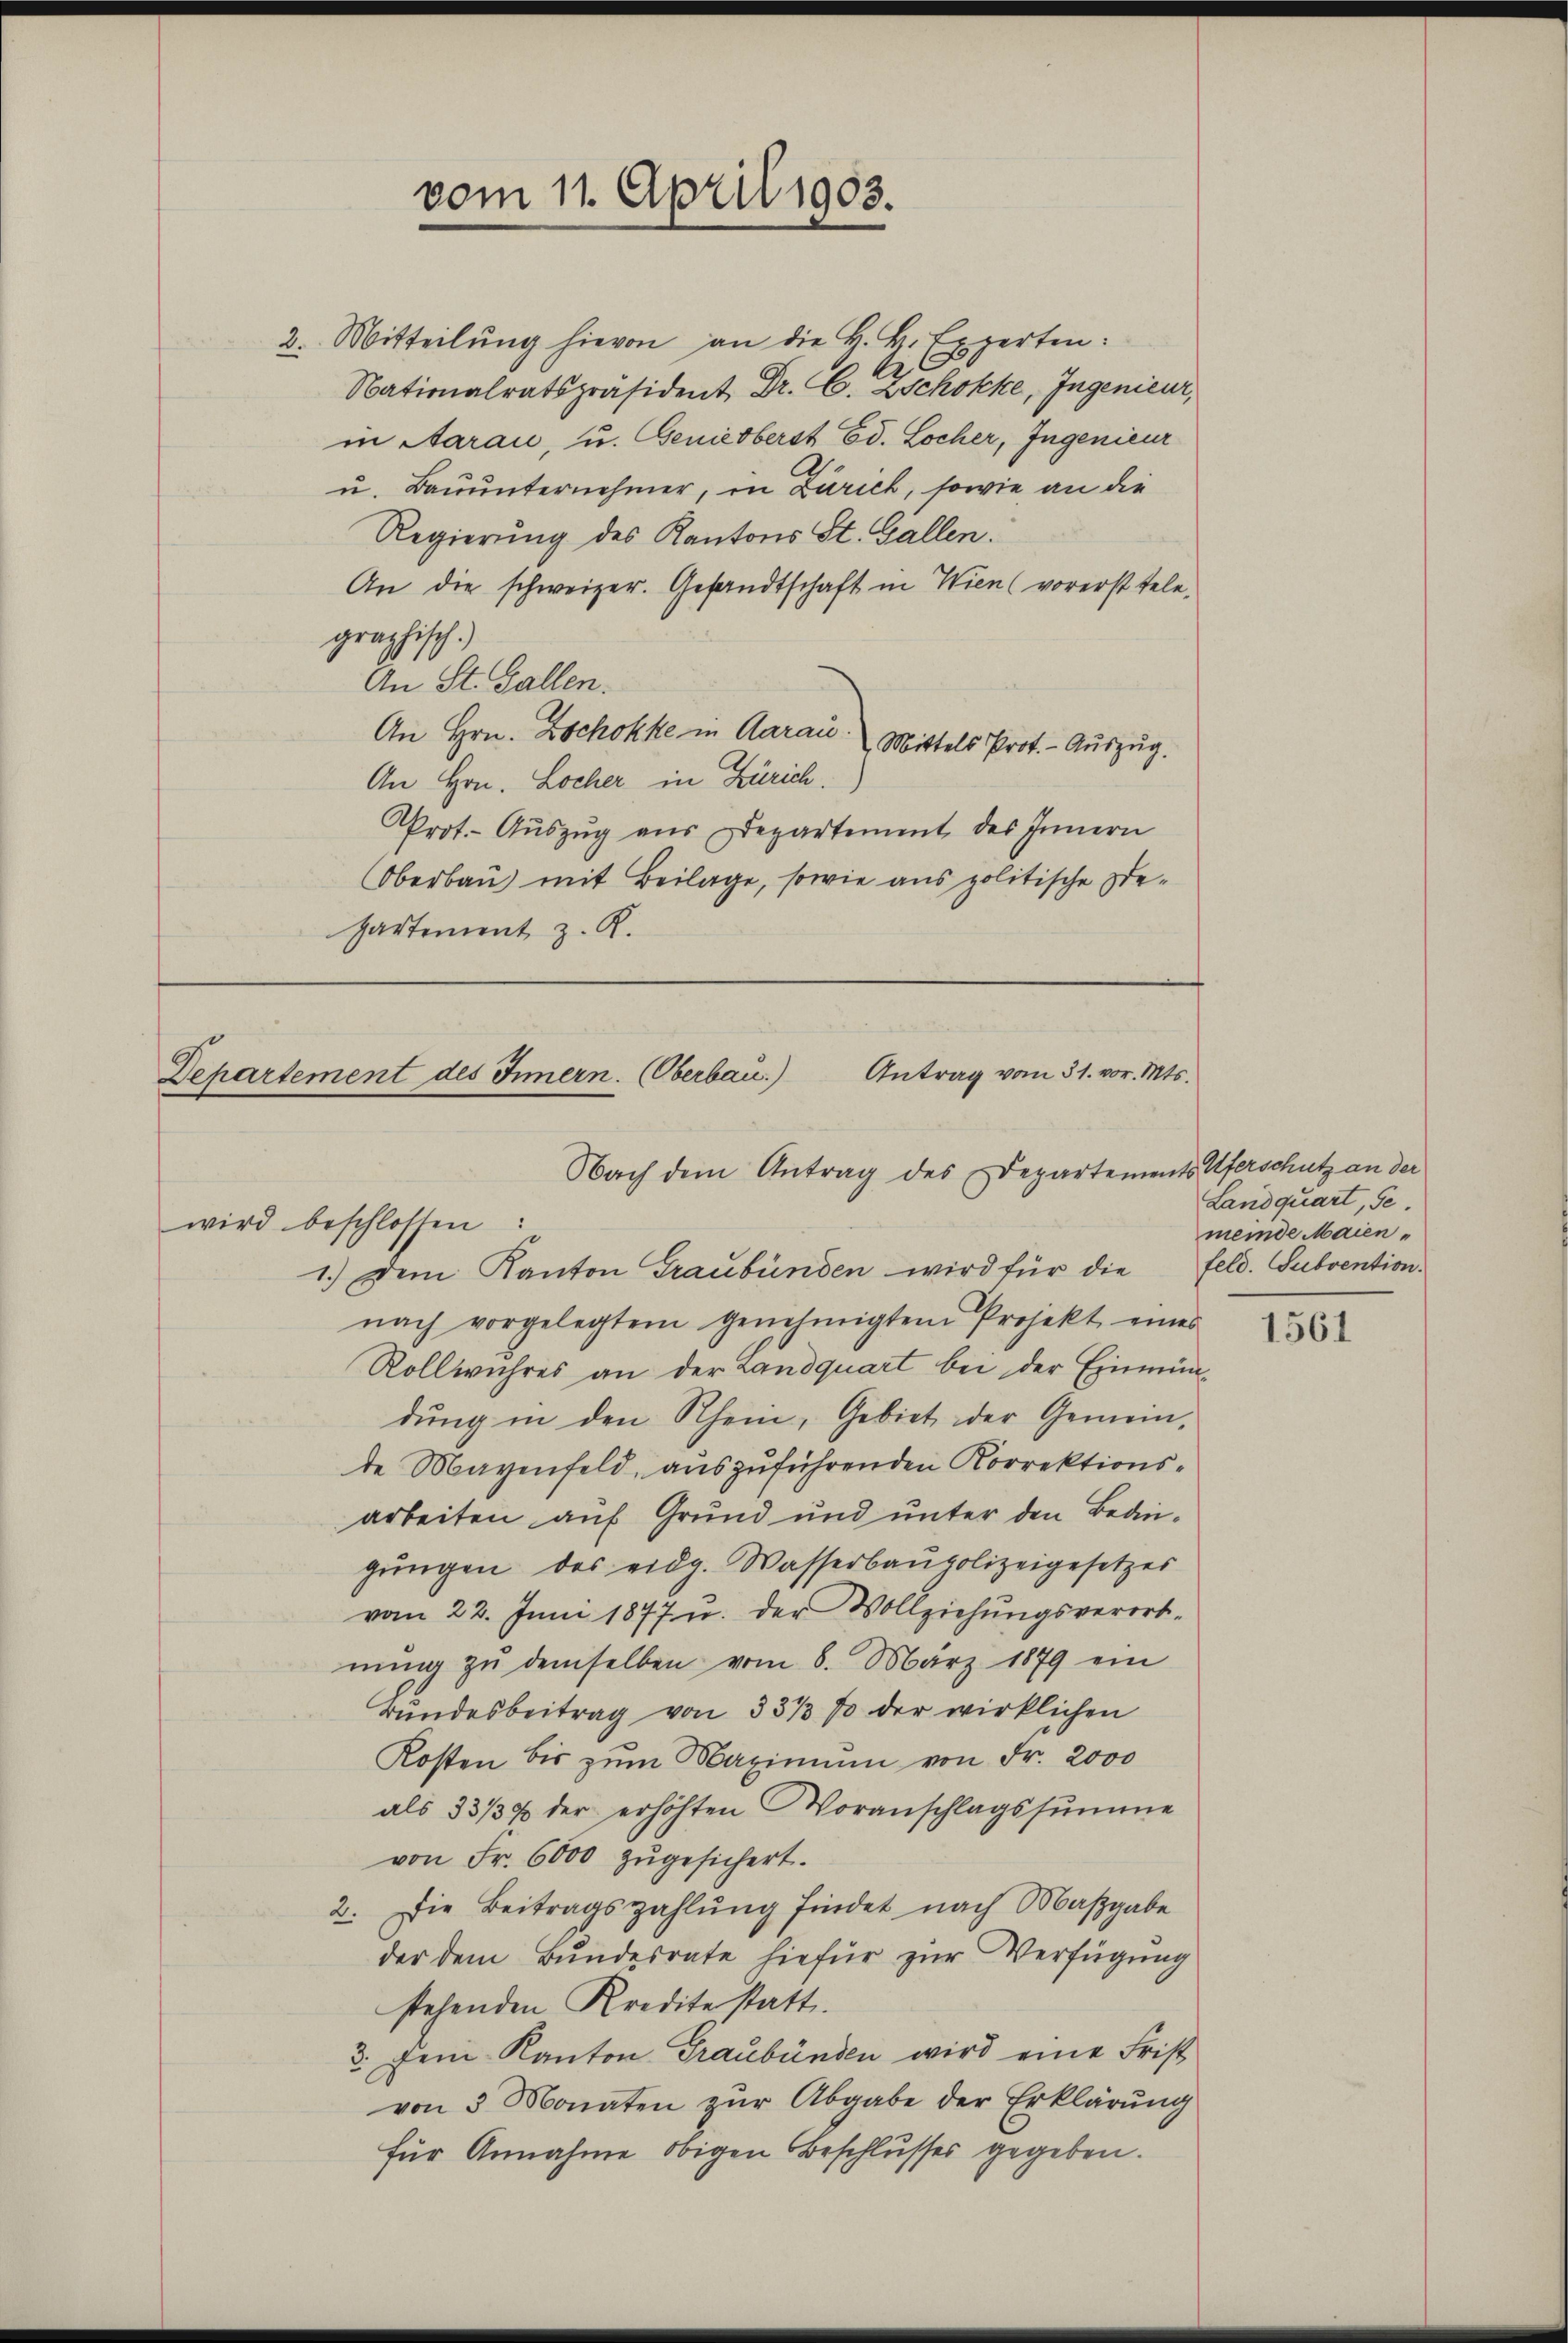
vom 11. April 1903.

2. Mitteilung hievon an die H. H. Experten:
2
Nationalratspräsident Dr. C. Zschokke, Ingenieur,
in Aarau, u. Geniesberst Ed. Locher, Ingenieur
u. Bauunternehmer, in Zürich, sowie an die
Regierung des Kantons St. Gallen.
An die schweizer. Gesandtschaft in Wien (vorerst tele-
graphisch.)
An St. Gallen.
An Hrn. Zschokke in Aarau Mittels Prot. - Auszug.
An Hrn. Locher in Zürich.
Prot. Aŭszŭg aŭs Departement des Innern
Oberbau) mit Beilage, sowie aus politische Departement z. R.

Departement des Innern. (Oberbau.) Antrag vom 31. vor. Mts.
Nach dem Antrag des Departements Uferschutz an der
wird beschlossen:

1.) Dem Kanton Graubünden wird für die Feld. Subvention.
nach vorgelegtem genehmigten Projekt eines
Rollwuhres an der Landquart bei der Einmündung in den Rhein, Gebiet der Gemein-
te Mayenfeld, auszuführenden Korrektionsarbeiten auf Grund und unter den Bedingŭngen des eidg. Wasserbaupolizeigesetzes
vom 22. Juni 1877 u. der Vollziehŭngsverord-
nŭng zŭ demselben vom 8. März 1879 ein
Bundesbeitrag von 33 1/3 % der wirklichen
Kosten bis zŭm Maximum von Fr. 2000
als 33/34 der erhöhten Voranschlagssumme
von Fr. 6000 zŭgesichert.
2. Die Beitragszahlŭng findet nach Maβgabe
der dem Bundesrate hiefür zur Verfügung
stehenden Kredite statt.
3. Dein Kanton Graubünden wird eine Frist
von 3 Monaten zur Abgabe der Erklärung
für Annahme obigen Beschlusses gegeben.

Landquart, Ge
meinde Maien¬

1561